Civil Veterinary Department. Madras. Admin. report 1910-25 - 1910-1925
Year: 1910
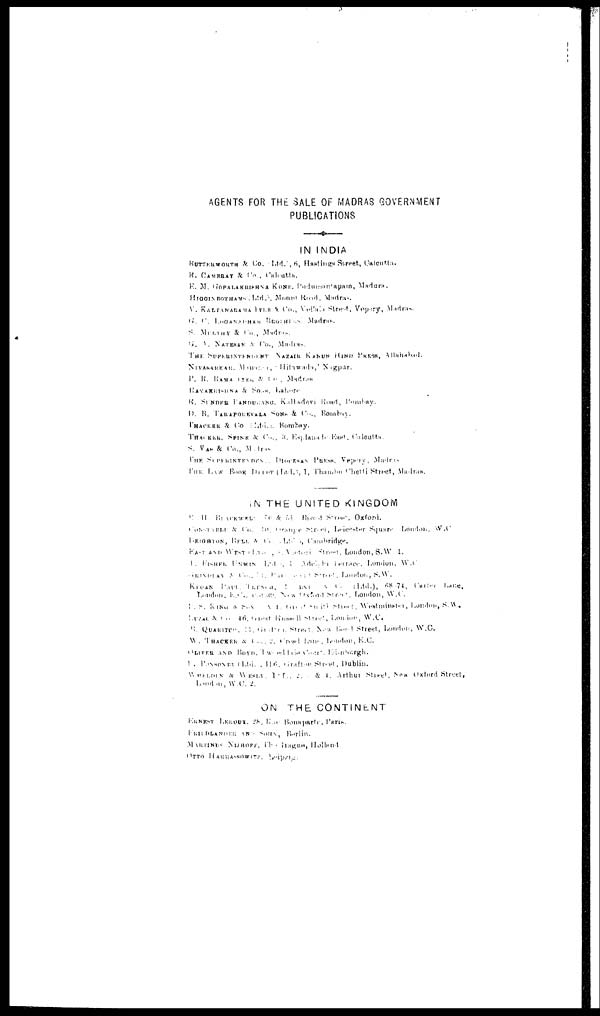
AGENTS FOR THE SALE OF MADRAS GOVERNMENT
PUBLICATIONS
IN INDIA
BUTTERWORTH & Co. Ltd. , 6, Hastings Street, Calcuttal.
R. CAMBERS & Co., Calcutta.
E. M. GOPALAKRISRNA KONE. 1Pudumantapam, Madura.
HIGINBOTHAMS (Ltd.) Mount Road, Madras.
V. KALYANARAMA IVER. & Co.,Velead Street, Vepary, Madras.
G. C. LOGANADHAM BROTHRAS Madran.
S. MRKTHY & Co.,
Madras.
G. V. NATESAN & Co., Madras.
THE SUPERINTEMENT NAZAIR KANUN HIND PRESS, Allahabad.
NIVASARKAR,
,
Hitawada,
Nagpur.
P.
R.
KAMA IYER & Co., Madras
EAYAKRISHNA & Soas, Lahore
R. SUNDER PANDURANG, Kalladevi
Rond, Bombay
D. B. TARAPOKEVALA SONS & Co., Bombay.
THACKER &
Co.
Bombay.
THACKER, SPINK & Co., 3. Esplana East, Caloatta.
S. VAS & Co., Madrs.
THE SUPERINTENMENT DIOSESAN PRESS,
Vepony,
Madras
THE LAW BOOK
THAMBY
CHERFT
Street, Madras.
IN THE UNITED KINGDOM
Broad Street, Oxford.
CON & Co., 10, Id. Orange Street Leiesster Squarn London, W.C
Cambridge.
EAST
AND
WEST
Street,
London, S. W. 1.
FISHER Ltd. London W.
Street, London, S.W.
KRGAN
(Ltd.),
68-74,
Lane.
London,
East
New
Oxford
Street,
London, W.C.
P. S.
KING
&
SON
Street
Westminster,
London, S. W .
46,
Great
Russell
Street,
London, W.C.
R.
QUARITCY
Street.
New
Street, London, W.C.
W.
THACKER
&
Co.,
, London, E.C.
LIVER AND BOYD,
.
(Ltd.) 116, Grafton Street, Dublin.
& WESLN & 4. Arthur Street, New Oxford Street,
London, W.C. 2.
ON THE CONTINENT
ERNEST LIROUX. 28, Raw Bonapartc, Paris.
Berlin.
NIJRFF, Holland.
OTTO HARRASSOWITA,